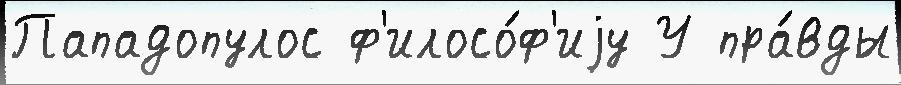
Пападопулос ф'илосо́ф'иjу У пра́вды